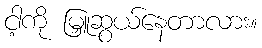
ငါ့ကို မြှူဆွယ်နေတာလား။